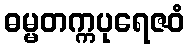
ဓမ္မတက္ကပုရေဇဝံ